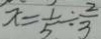
x = \frac { 1 } { 5 } \div \frac { 2 } { 3 }